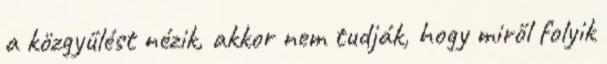
a közgyűlést nézik, akkor nem tudják, hogy miről folyik